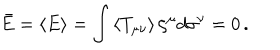
\bar { E } = \left\langle E \right\rangle = \int \left\langle T _ { \mu \nu } \right\rangle \zeta ^ { \mu } d \sigma ^ { \nu } = 0 \, .